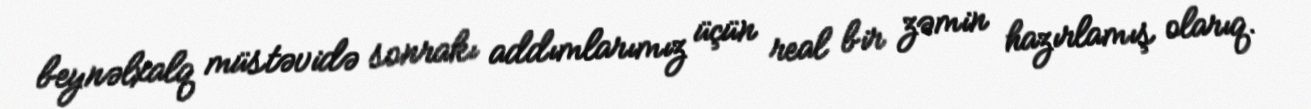
beynəlxalq müstəvidə sonrakı addımlarımız üçün real bir zəmin hazırlamış olarıq.